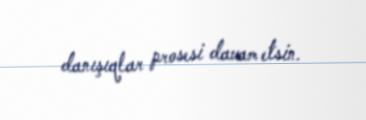
danışıqlar prosesi davam etsin.